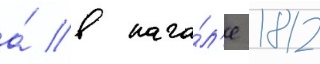
а́ в нача́л'е 1812